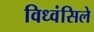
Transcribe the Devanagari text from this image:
विध्वंसिले